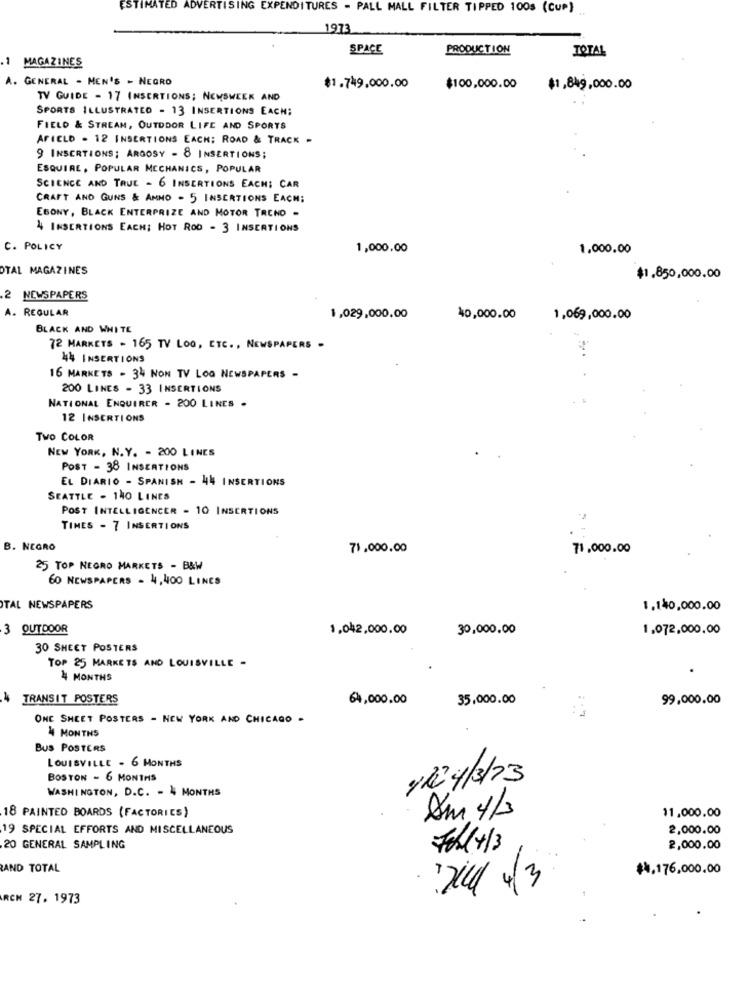
ESTIMATED ADVERTISING EXPENDITURES - PALL MALL FILTER TIPPED 100s (CUP)
1973
SPACE
PRODUCTION
TOTAL
1 MAGAZINES
A. GENERAL - MEN'S - NEGRO
$1.749.000.00
$100,000.00
$1,849,000.00
TV GUIDE - 17 INSERTIONS; NEWSWEEK AND
SPORTS ILLUSTRATED - 13 INSERTIONS EACH:
FIELD & STREAM, OUTDOOR LIFE AND SPORTS
AFIELD - 12 INSERTIONS EACH; ROAD & TRACK -
9 INSERTIONS; ARGOSY - 8 INSERTIONS;
ESQUIRE, POPULAR MECHANICS, POPULAR
SCIENCE AND TRUE - 6 INSERTIONS EACH; CAR
CRAFT AND GUNS & AMMO - 5 INSERTIONS EACH;
EBONY, BLACK ENTERPRIZE AND MOTOR TREND -
4 INSERTIONS EACH; HOT ROD - 3 INSERTIONS
C. POLICY
1,000,00
1.000.00
OTAL MAGAZINES
$1.850,000.00
2 NEWSPAPERS
A. REGULAR
1,029,000.00
40,000.00
1,069,000.00
BLACK AND WHITE
72 MARKETS - 165 TV LOO, ETC ., NEWSPAPERS -
44 INSERTIONS
16 MARKETS - 34 NON TV LOG NEWSPAPERS -
200 LINES - 33 INSERTIONS
NATIONAL ENQUIRER - 200 LINES .
12 INSERTIONS
Two COLOR
NEW YORK, N. Y. - 200 LINES
POST - 38 INSERTIONS
EL DIARIO - SPANISH - 44 INSERTIONS
SEATTLE - 140 LINES
POST INTELLIGENCER - 10 INSERTIONS
TIMES - 7 INSERTIONS
B. NEGRO
71.000.00
71,000.00
25 TOP NEGRO MARKETS - B&W
60 NEWSPAPERS - 4, 400 LINES
TAL NEWSPAPERS
1,140,000.00
3 OUTDOOR
1,042,000.00
30,000,00
1.072,000.00
30 SHEET POSTERS
TOP 25 MARKETS AND LOUISVILLE -
4 MONTHS
4
TRANSIT POSTERS
64,000.00
35,000.00
99,000.00
ONE SHEET POSTERS - NEW YORK AND CHICAGO -
4 MONTHS
BUS POSTERS
LOUISVILLE - 6 MONTHS
BOSTON - 6 MONTHS
1/2 4/3/23
WASHINGTON, D.C. - 4 MONTHS
18 PAINTED BOARDS (FACTORIES)
11.000.00
19 SPECIAL EFFORTS AND MISCELLANEOUS
2,000.00
20 GENERAL SAMPLING
Fehl4/3
2,000.00
AND TOTAL
¥4.176,000.00
:will 4/3
RCN 27. 1973